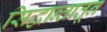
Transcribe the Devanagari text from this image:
सिद्धान्तातून